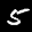
Label: 5